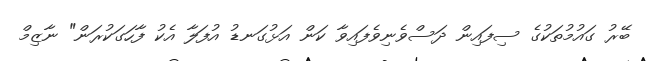
ބޭރު ގައުމުތަކުގެ ސިފައިން ދަސްވެނިވެފައިވާ ކަން އަޅުގަނޑު އުފަލާ އެކު ފާހަގަކުރަން" ނާޒިމް